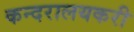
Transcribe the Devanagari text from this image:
कन्दरालयकरी